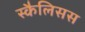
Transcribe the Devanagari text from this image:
स्कैलिसस